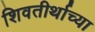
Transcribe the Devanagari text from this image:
शिवतीर्थाच्या